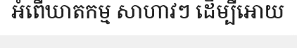
អំពើឃាតកម្ម សាហាវៗ ដើម្បីអោយ